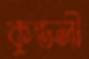
কুণ্ডলী